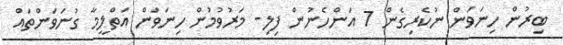
ބިރުން ހިނަވަން ނުކެރިގެން 7 އަންހެނުން ފިލި- މަރުވުމުން ހިނަވަން އަތްލީމާ ގުނަވަންތައް